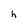
Character: h